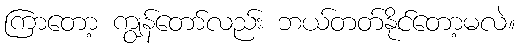
ကြာတော့ ကျွန်တော်လည်း ဘယ်တတ်နိုင်တော့မလဲ။